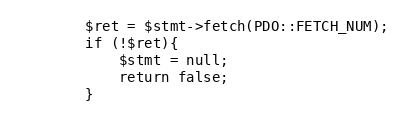
Language: PHP
        $ret = $stmt->fetch(PDO::FETCH_NUM);
        if (!$ret){
            $stmt = null;
            return false;
        }